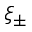
\xi _ { \pm }